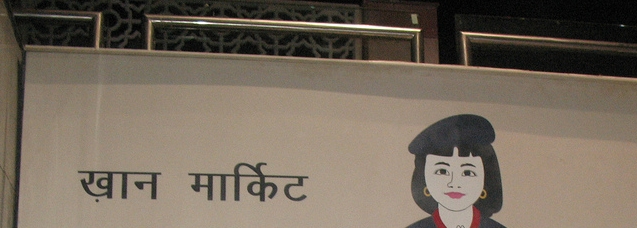
Language: hindi
Transcription: मार्किट खान